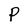
Character: P